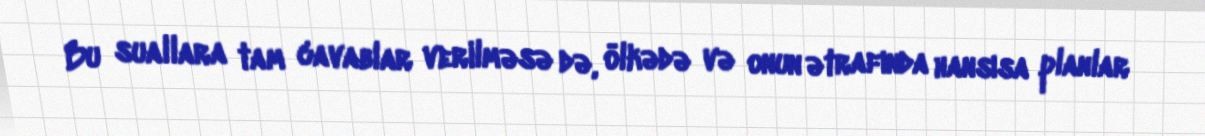
Bu suallara tam cavablar verilməsə də, ölkədə və onun ətrafında hansısa planlar